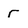
Character: r